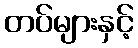
တပ်များနှင့်